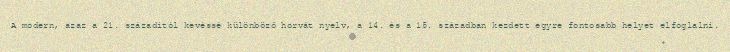
A modern, azaz a 21. századitól kevéssé különböző horvát nyelv, a 14. és a 15. században kezdett egyre fontosabb helyet elfoglalni.